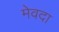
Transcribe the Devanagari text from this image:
मेवदा